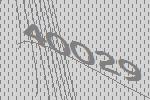
40029